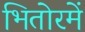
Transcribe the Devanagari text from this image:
भितोरमें